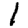
Digit: 1